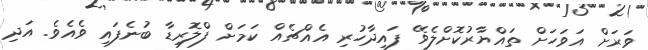
ވަރަށް އަވަހަށް ތައްޔާރުކޮށްލެވޭ ފައިދާހުރި އެއްޗެއް ކަމަށް ފްލޮރިޑާ ބުނެފައި ވެއެވެ. އަދި